Indian journal of veterinary science and animal husbandry - Volume 10,
Year: 1940
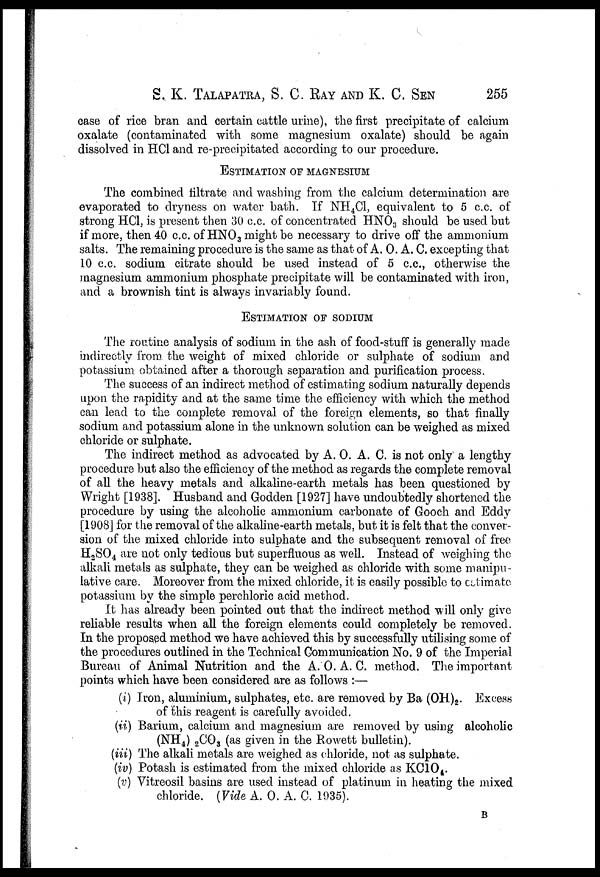
S. K. TALAPATRA, S. C. RAY AND K. C. SEN 255
case of rice bran and certain cattle urine), the first precipitate of calcium
oxalate (contaminated with some magnesium oxalate) should be again
dissolved in HCl and re-precipitated according to our procedure.
ESTIMATION OF MAGNESIUM
The combined filtrate and washing from the calcium determination are
evaporated to dryness on water bath. If NH 4 C1, equivalent to 5 c.c. of
strong HCl, is present then 30 c.c. of concentrated HNO 3 should be used but
if more, then 40 c.c. of HNO 3 might be necessary to drive off the ammonium
salts. The remaining procedure is the same as that of A. O. A. C. excepting that
10 c.c. sodium citrate should be used instead of 5 c.c., otherwise the
magnesium ammonium phosphate precipitate will be contaminated with iron,
and a brownish tint is always invariably found.
ESTIMATION OF SODIUM
The routine analysis of sodium in the ash of food-stuff is generally made
indirectly from the weight of mixed chloride or sulphate of sodium and
potassium obtained after a thorough separation and purification process.
The success of an indirect method of estimating sodium naturally depends
upon the rapidity and at the same time the efficiency with which the method
can lead to the complete removal of the foreign elements, so that finally
sodium and potassium alone in the unknown solution can be weighed as mixed
chloride or sulphate.
The indirect method as advocated by A. O. A. C. is not only a lengthy
procedure but also the efficiency of the method as regards the complete removal
of all the heavy metals and alkaline-earth metals has been questioned by
Wright [1938]. Husband and Godden [1927] have undoubtedly shortened the
procedure by using the alcoholic ammonium carbonate of Gooch and Eddy
[1908] for the removal of the alkaline-earth metals, but it is felt that the conver-
sion of the mixed chloride into sulphate and the subsequent removal of free
H 2 SO 4 are not only tedious but superfluous as well. Instead of weighing the
alkali metals as sulphate, they can be weighed as chloride with some manipu-
lative care. Moreover from the mixed chloride, it is easily possible to estimate
potassium by the simple perchloric acid method.
It has already been pointed out that the indirect method will only give
reliable results when all the foreign elements could completely be removed.
In the proposed method we have achieved this by successfully utilising some of
the procedures outlined in the Technical Communication No. 9 of the Imperial
Bureau of Animal Nutrition and the A. O. A. C. method. The important
points which have been considered are as follows :—
(i) Iron, aluminium, sulphates, etc. are removed by Ba (OH) 2 . Excess
of this reagent is carefully avoided.
(ii) Barium, calcium and magnesium are removed by using alcoholic
(NH 4 ) 2 CO 3 (as given in the Rowett bulletin).
(iii) The alkali metals are weighed as chloride, not as sulphate.
(iv) Potash is estimated from the mixed chloride as KClO 4 .
(v) Vitreosil basins are used instead of platinum in heating the mixed
chloride. (Vide A. O. A. C. 1935).
B